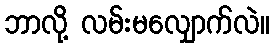
ဘာလို့ လမ်းမလျှောက်လဲ။